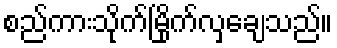
စည်ကားသိုက်မြိုက်လှချေသည်။